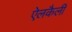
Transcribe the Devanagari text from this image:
ऐलकैली